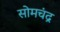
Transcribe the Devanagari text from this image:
सोमचंद्र